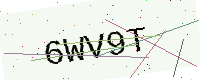
Text: 6WV9T